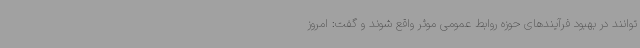
توانند در بهبود فرآیندهای حوزه روابط عمومی موثر واقع شوند و گفت: امروز